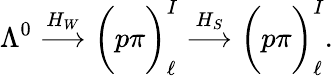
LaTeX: \Lambda^{0}\stackrel{H_{W}}{\longrightarrow}\bigg(p\pi\bigg)_{\ell}^{I}\stackrel{H_{S}}{\longrightarrow}\bigg(p\pi\bigg)_{\ell}^{I}.